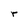
Character: r